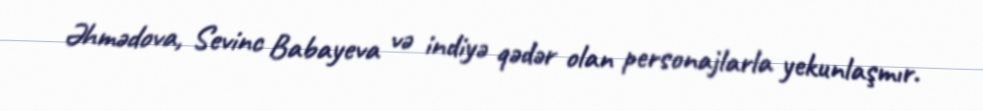
Əhmədova, Sevinc Babayeva və indiyə qədər olan personajlarla yekunlaşmır.